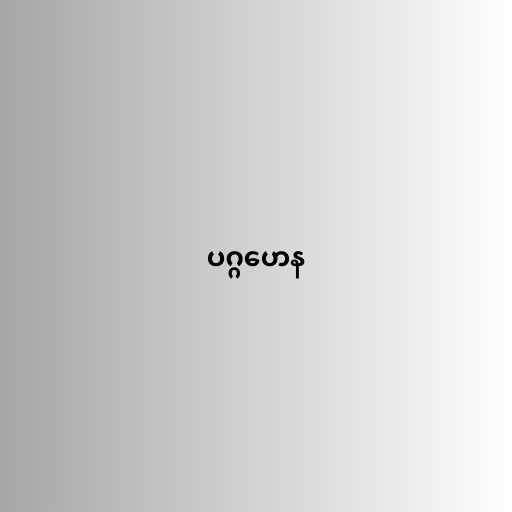
ပဂ္ဂဟေန